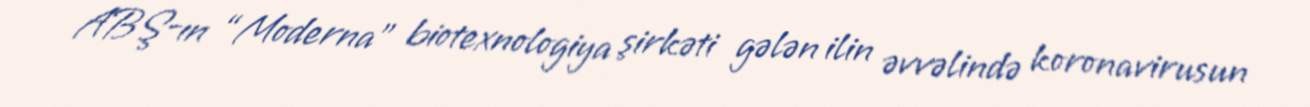
ABŞ-ın “Moderna” biotexnologiya şirkəti gələn ilin əvvəlində koronavirusun